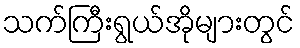
သက်ကြီးရွယ်အိုများတွင်